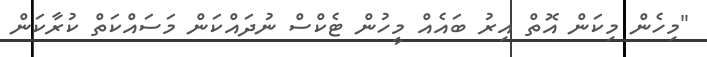
"މިހެން މިކަން އޮތް އިރު ބައެއް މީހުން ޓެކްސް ނުދައްކަން މަސައްކަތް ކުރާކަން